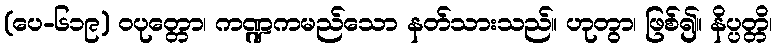
(ပေ-၆၁၉) ဝပုတ္တော၊ ကဏ္ဍကမည်သော နတ်သားသည်။ ဟုတွာ၊ ဖြစ်၍။ နိပ္ပတ္တိ၊